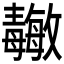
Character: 𱥝